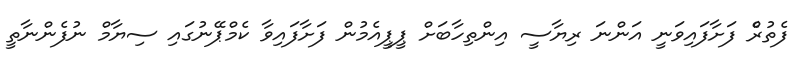
ފެތުރެް ފަށާފައިވަނީ އަންނަ ރިޔާސީ އިންތިހާބަށް ޕީޕީއެމުން ފަށާފައިވާ ކެމްޕޭނުގައި ސިޔާމް ނުފެންނާތީ